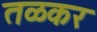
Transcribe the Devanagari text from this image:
तळकर